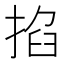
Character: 掐